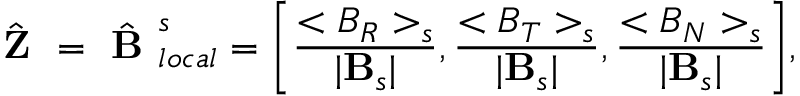
\hat { \textbf { Z } } = \hat { \textbf { B } } _ { l o c a l } ^ { s } = \bigg [ \frac { < B _ { R } > _ { s } } { | \mathbf { B } _ { s } | } , \frac { < B _ { T } > _ { s } } { | \mathbf { B } _ { s } | } , \frac { < B _ { N } > _ { s } } { | \mathbf { B } _ { s } | } \bigg ] ,